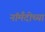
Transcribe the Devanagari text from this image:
नॉर्मंदीच्या